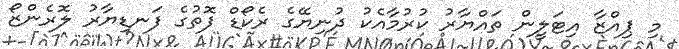
މި ޕިއްޒާ އިޓަލީން ތައްޔާރު ކުރުމާއެކު ދުނިޔޭގެ ރެކޯޑް ފޮތުގެ ފަނޑިޔާރު ލޮރެންޒޯ